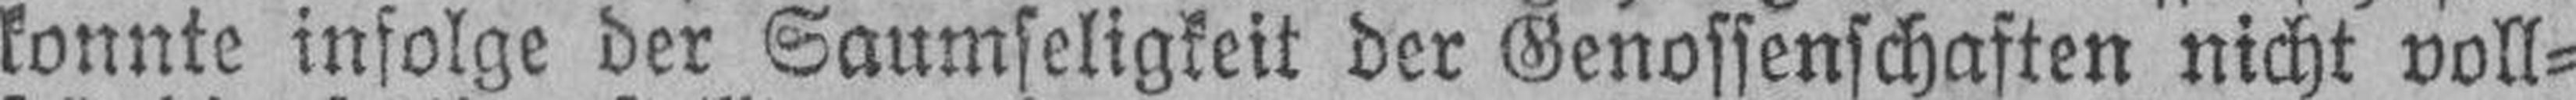
konnte infolge der Saumseligkeit der Genossenschaften nicht voll¬